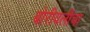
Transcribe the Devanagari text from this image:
बोरीवलीचा